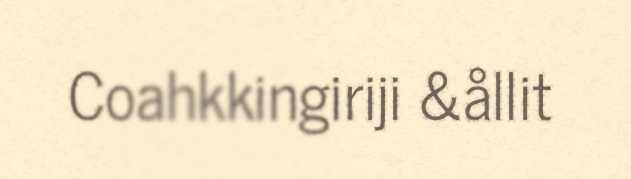
Coahkkingiriji &ållit